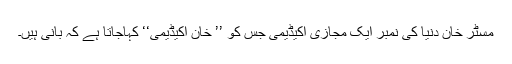
مسٹر خان دنیا کی نمبر ایک مجازی اکیڈیمی جس کو ’’ خان اکیڈیمی‘‘ کہاجاتا ہے کہ بانی ہیں۔